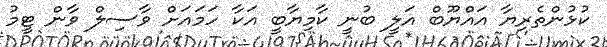
ކުޅުންތެރިޔާ އައްޔޫބް އަލީ ބުނީ ކާމިޔާބީ އަކާ ހަމައަށް ވާސިލް ވާން ޓީމު